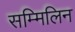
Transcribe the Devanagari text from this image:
सम्मिलिन